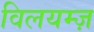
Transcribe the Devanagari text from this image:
विलयम्ज़